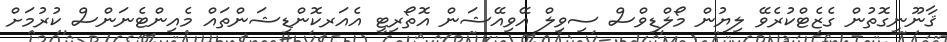
ޤާނޫނީގޮތުން ގެޒެޓްކުރެވޭ ލިޔުން މޯލްޑިވްސް ސިވިލް އޭވިއޭޝަން އޮތޯރިޓީ އެއަރކޮންޑިޝަންތައް މެއިންޓެނަންސް ކުރުމަށް